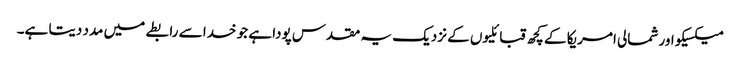
میکسیکو اور شمالی امریکا کے کچھ قبائلیوں کے نزدیک یہ مقدس پودا ہے جو خدا سے رابطے میں مدد دیتا ہے۔